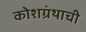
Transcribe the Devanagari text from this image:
कोशग्रंथाची